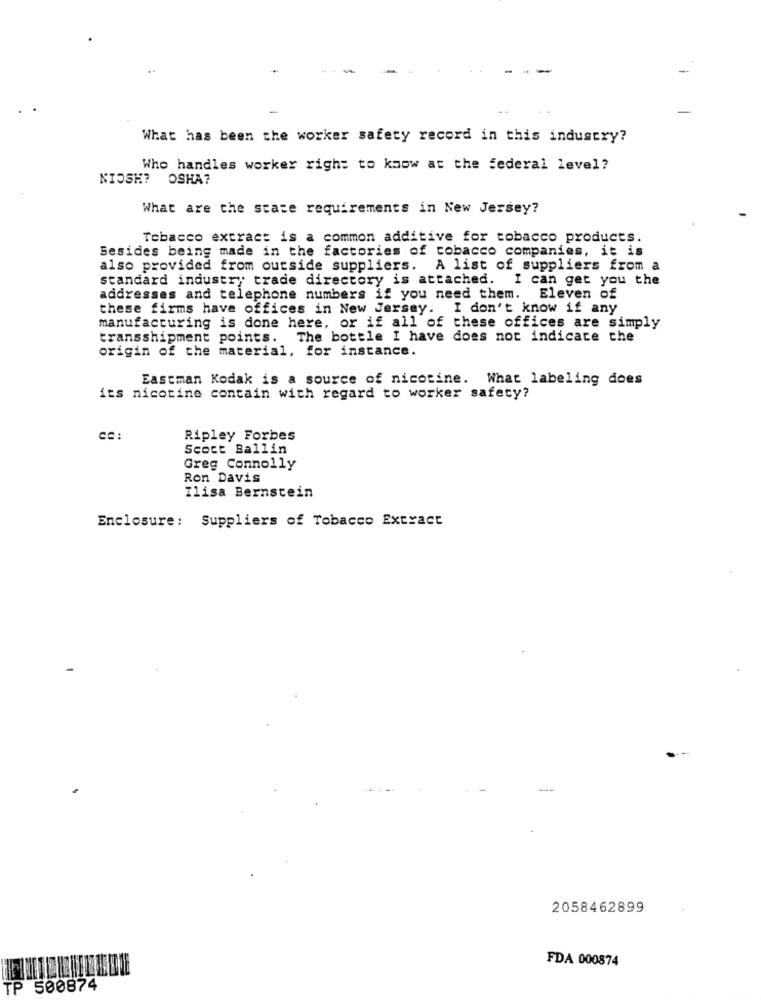
-
-
What has been the worker safety record in this industry?
Who handles worker right to know at the federal level?
NIOSH? OSHA?
What are the state requirements in New Jersey?
Tobacco extract is a common additive for tobacco products.
Besides being made in the factories of tobacco companies, it is
also provided from outside suppliers. A list of suppliers from a
standard industry trade directory is attached. I can get you the
addresses and telephone numbers if you need them. Eleven of
these firms have offices in New Jersey. I don't know if any
manufacturing is done here, or if all of these offices are simply
transshipment points. The bottle I have does not indicate the
origin of the material, for instance.
Eastman Kodak is a source of nicotine. What labeling does
its nicotine contain with regard to worker safety?
Ripley Forbes
Scoct Ballin
Greg Connolly
Ron Davis
Ilisa Bernstein
Enclosure: Suppliers of Tobacco Extract
2058462899
FDA 000874
TP 500874